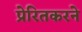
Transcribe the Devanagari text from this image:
प्रेरितकरने